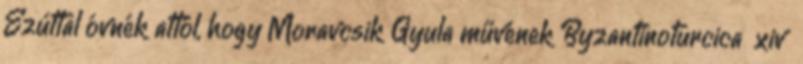
Ezúttal óvnék attól, hogy Moravcsik Gyula művének Byzantinoturcica xiv